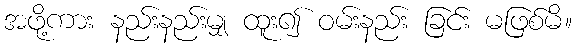
အဖို့ကား နည်းနည်းမျှ ထူး၍ ဝမ်းနည်း ခြင်း မဖြစ်မိ။